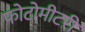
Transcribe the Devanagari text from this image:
फोटोमीटरी